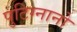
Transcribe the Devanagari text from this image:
पुटिग्नानो